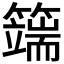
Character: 𥵣